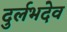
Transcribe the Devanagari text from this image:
दुर्लभदेव